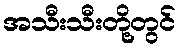
အသီးသီးတို့တွင်